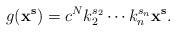
LaTeX: \begin{align*}g({\bf x}^{\bf s}) = c^N k_2^{s_2} \cdots k_n^{s_n} {\bf x}^{\bf s}.\end{align*}